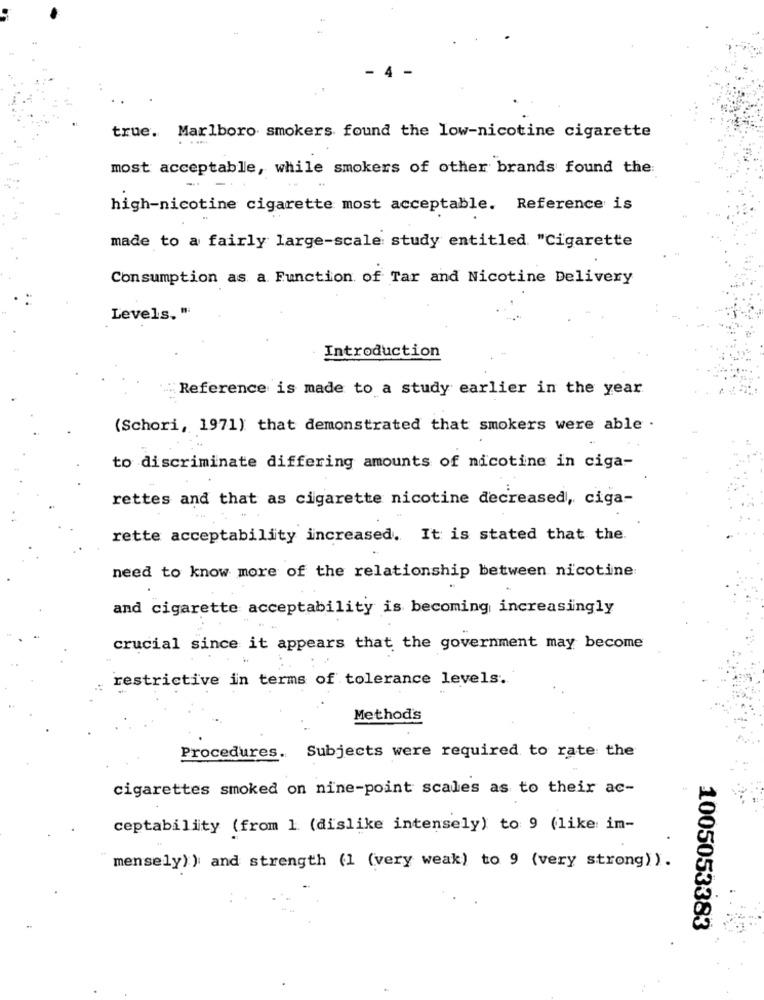
4
true. Marlboro smokers found the low-nicotine cigarette
most acceptable, while smokers of other brands found the:
high-nicotine cigarette most acceptable. Reference is
made to a fairly large-scale study entitled "Cigarette
Consumption as a Function of Tar and Nicotine Delivery
Levels. "
Introduction
Reference is made to a study earlier in the year
(Schori, 1971) that demonstrated that smokers were able .
to discriminate differing amounts of nicotine in ciga-
rettes and that as cigarette nicotine decreased, ciga-
rette acceptability increased. It is stated that the.
need to know more of the relationship between nicotine
and cigarette acceptability is becoming increasingly
crucial since it appears that the government may become
restrictive in terms of tolerance levels.
Methods
Procedures. Subjects were required to rate the
cigarettes smoked on nine-point scales as to their ac-
ceptability (from 1 (dislike intensely) to 9 (like im-
mensely) ) and strength (1 (very weak) to 9 (very strong) ).
1005053383
.